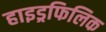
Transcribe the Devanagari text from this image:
हाइड्रफिलिक